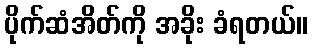
ပိုက်ဆံအိတ်ကို အခိုး ခံရတယ်။